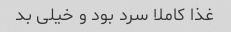
غذا کاملا سرد بود و خیلی بد